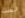
لست